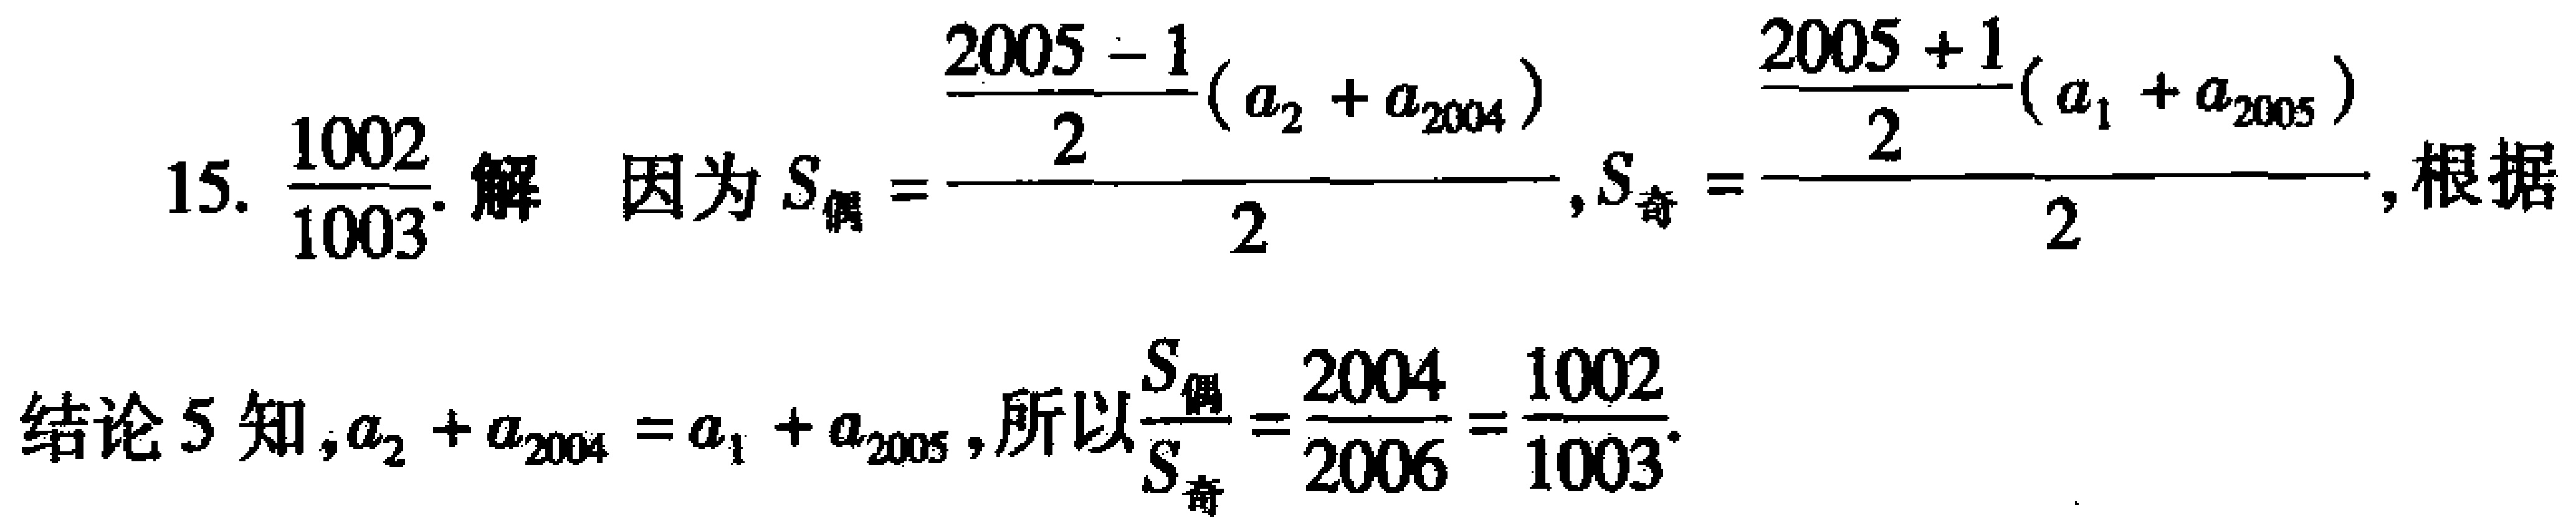
15. $\frac{1002}{1003}$. 解 因为 $S_{偶}=\frac{\frac{2005 - 1}{2}(a_{2}+a_{2004})}{2}$, $S_{奇}=\frac{\frac{2005 + 1}{2}(a_{1}+a_{2005})}{2}$, 根据
结论 5 知, $a_{2}+a_{2004}=a_{1}+a_{2005}$, 所以$\frac{S_{偶}}{S_{奇}}=\frac{2004}{2006}=\frac{1002}{1003}$.